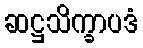
ဆဋ္ဌသိက္ခာပဒံ